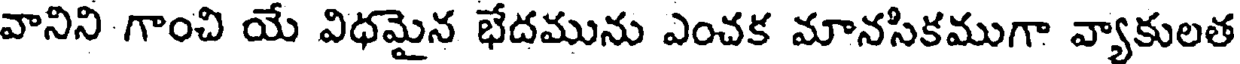
వానిని గాంచి యే విధమైన భేదమును ఎంచక మానసికముగా వ్యాకులత